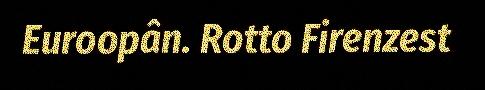
Euroopân. Rotto Firenzest